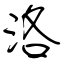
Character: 洛